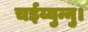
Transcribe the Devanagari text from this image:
चईय्युन्नु।